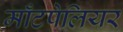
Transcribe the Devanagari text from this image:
माँटपेलियर